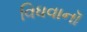
વિધવાનૉ